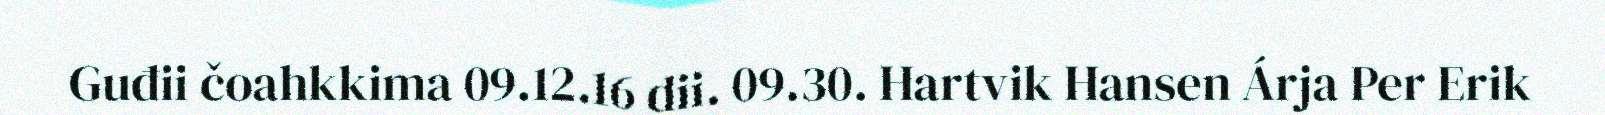
Guđii čoahkkima 09.12.16 dii. 09.30. Hartvik Hansen Árja Per Erik